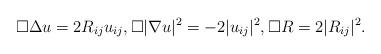
LaTeX: \begin{align*} \square \Delta u=2R_{ij}u_{ij}, \square |\nabla u|^2=-2|u_{ij}|^2, \square R=2|R_{ij}|^2. \end{align*}